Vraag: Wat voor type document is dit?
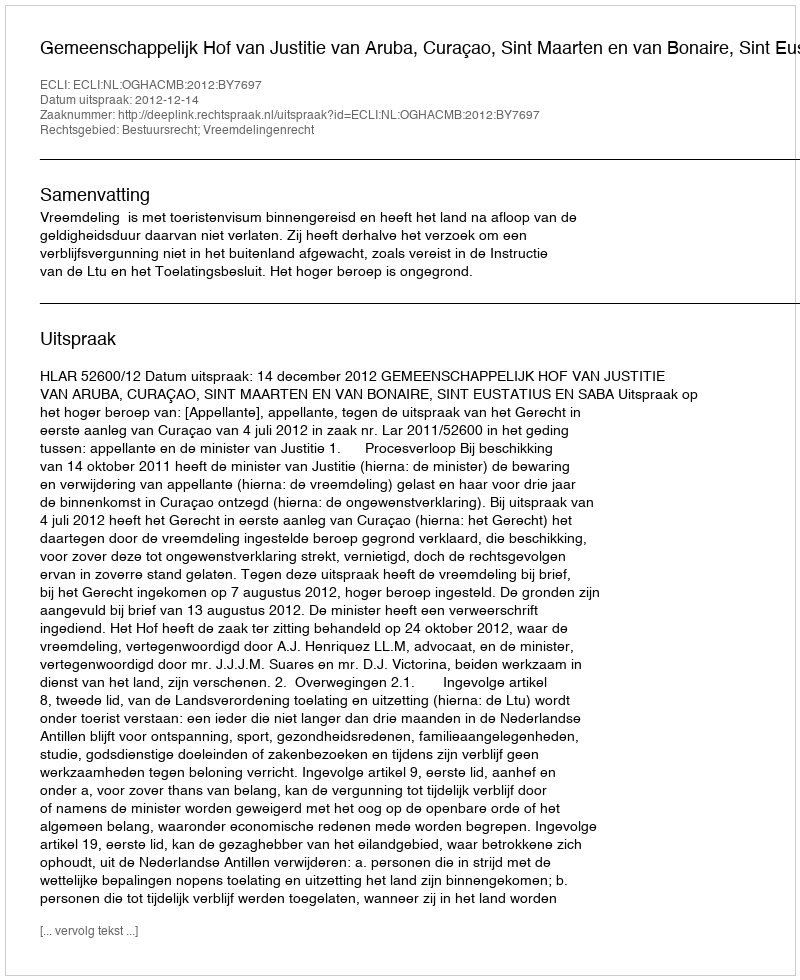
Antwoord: Uitspraak